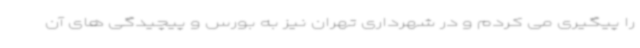
را پیگیری می کردم و در شهرداری تهران نیز به بورس و پیچیدگی های آن